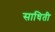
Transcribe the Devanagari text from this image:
साधिती